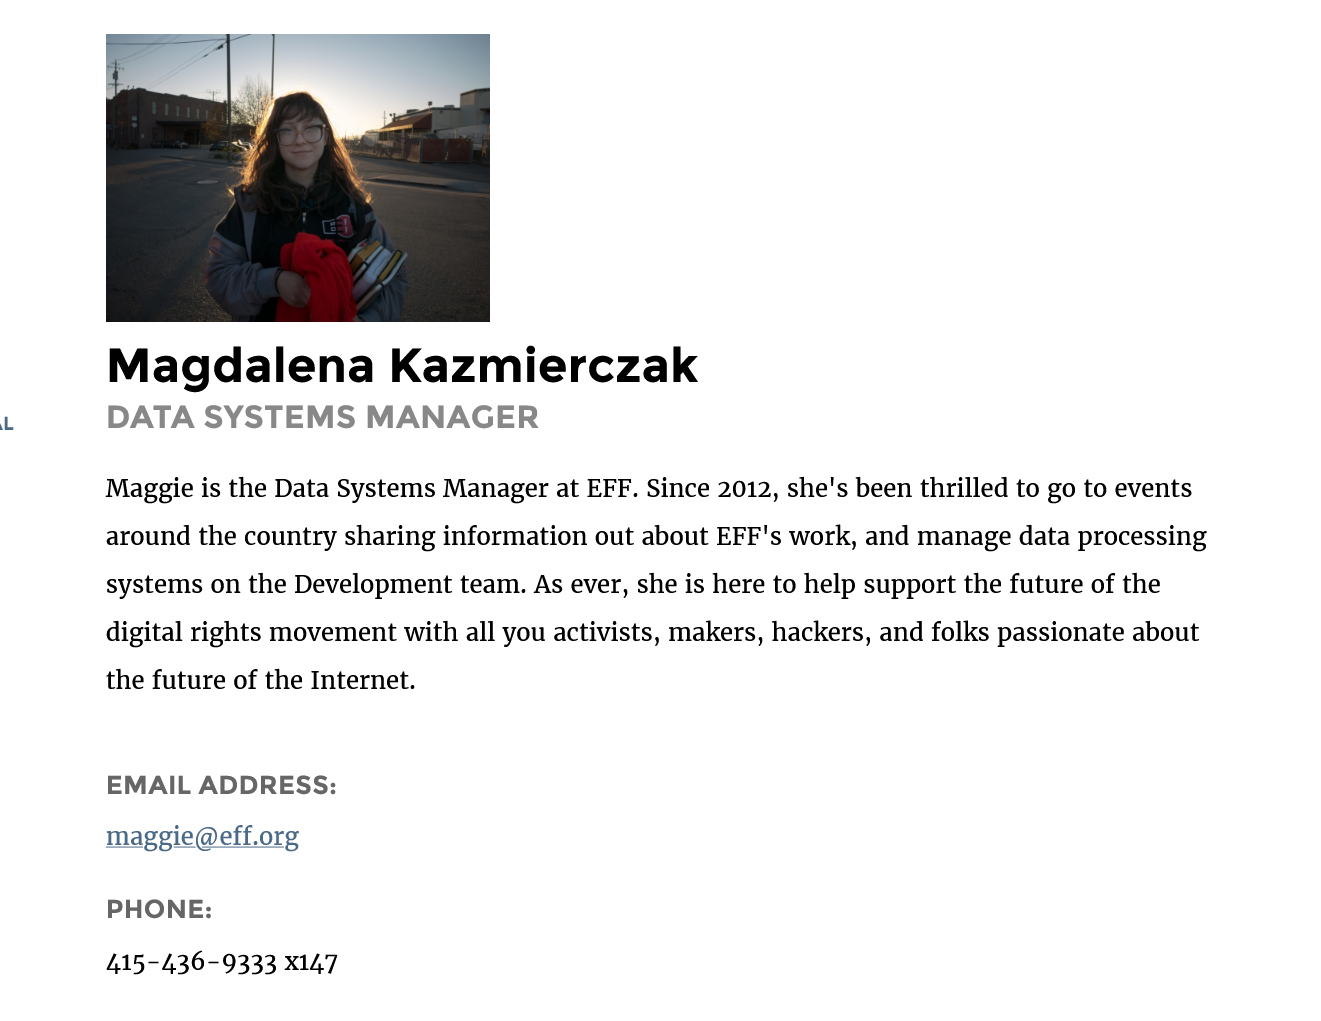
Magdalena    Kazmierczak
     DATA   SYSTEMS    MANAGER
     EMAIL  ADDRESS:
     maggie@eff.org
     PHONE:
     415-436-9333 X147
     Maggie is the Data Systems Manager at EFF. Since 2012, she's been thrilled to go to events
     around the country sharing information out about EFF's work, and manage data processing
     systems on the Development team. As ever, she is here to help support the future of the
     digital rights movement with all you activists, makers, hackers, and folks passionate about
     the future of the Internet.